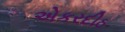
એકરદીઠ